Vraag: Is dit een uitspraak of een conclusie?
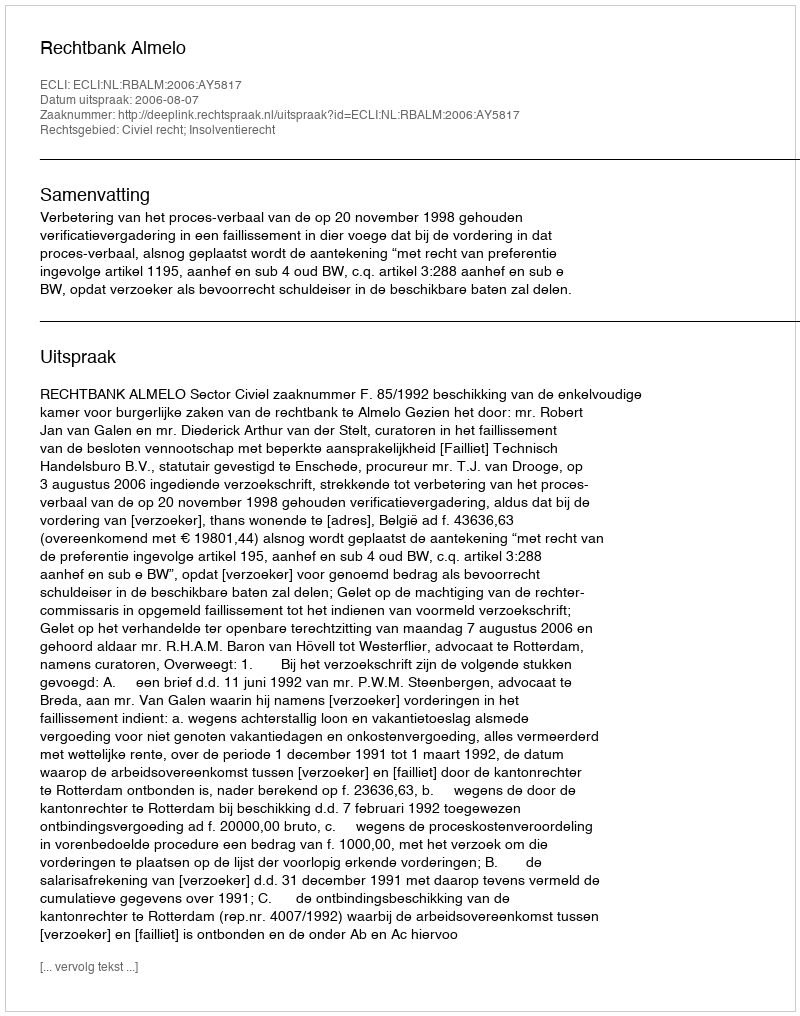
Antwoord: Uitspraak